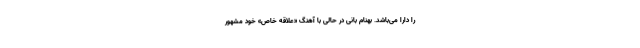
را دارا می‌باشد. بهنام بانی در حالی با آهنگ «علاقه خاص» خود مشهور